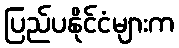
ပြည်ပနိုင်ငံများက